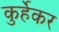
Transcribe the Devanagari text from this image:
कुर्हेकर